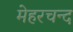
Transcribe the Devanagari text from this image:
मेहरचन्द